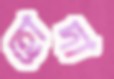
হোদা